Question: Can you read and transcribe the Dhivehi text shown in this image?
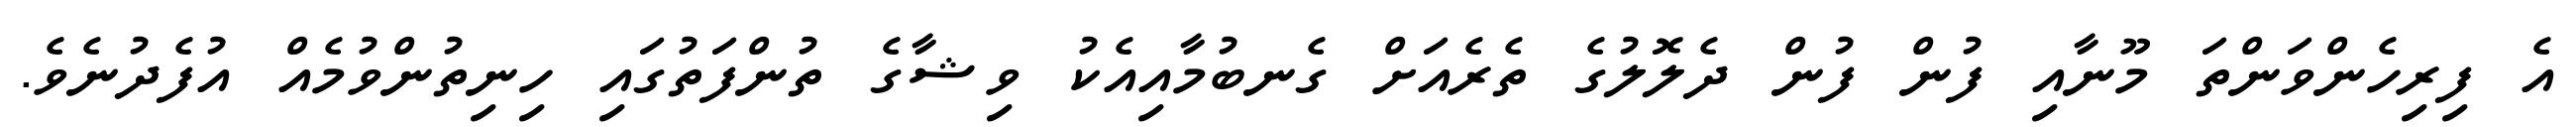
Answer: އެ ފިރިހެންވަންތަ މޫނާއި ފުން ފުން ދެލޮލުގެ ތެރެއަށް ގެނބުމާއިއެކު ވިޝާގެ ތުންފަތުގައި ހިނިތުންވުމެއް އުފެދުނެވެ.